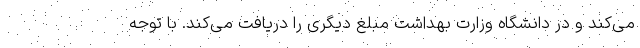
می‌کند و در دانشگاه وزارت بهداشت مبلغ دیگری را دریافت می‌کند. با توجه